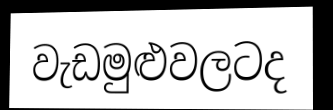
වැඩමුළුවලටද